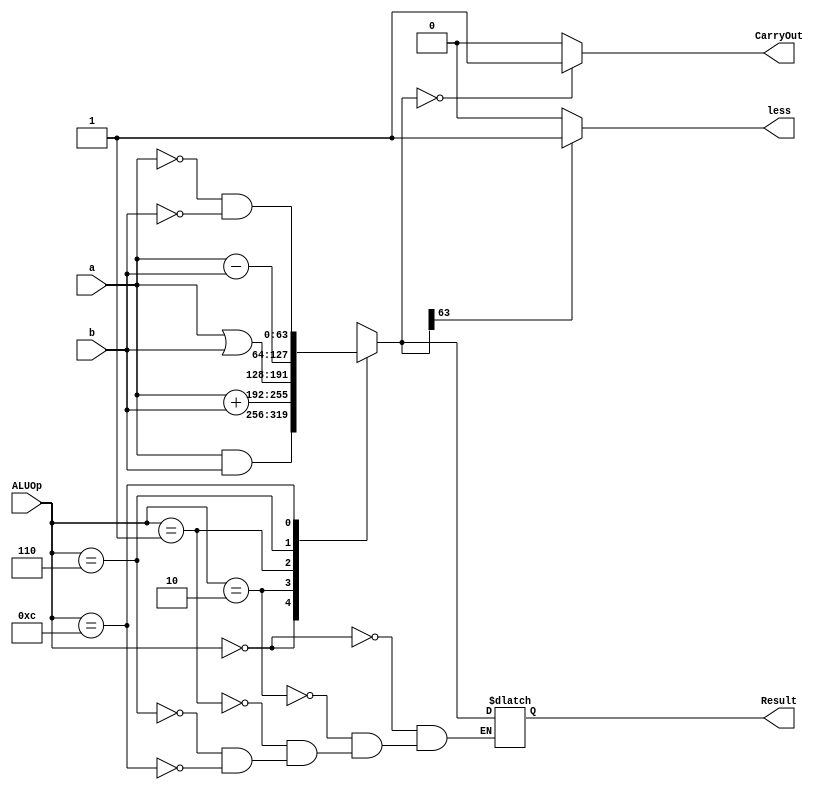
module alu_64(
	input [63:0] a,b,
	input [3:0] ALUOp,
	output reg [63:0] Result,
	output reg CarryOut,
	output reg less  
);


initial
begin
Result = 0;
CarryOut = 0;
less = 0;
end

always @ (a or b or ALUOp)
begin
	case(ALUOp)
	4'b0000:
		Result = a & b;
	4'b0010:
		Result = a + b;
	4'b0001:
		Result = a | b;
	4'b0110:
		Result = a - b;
	4'b1100:
		Result = ~a & ~b;
	endcase

	if (Result == 0)           //condition for beq
		CarryOut = 1;
	else
		CarryOut = 0;
	if (Result[63] == 1)   //condition for blt
		less = 1;
	else
		less = 0;
end
endmodule